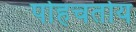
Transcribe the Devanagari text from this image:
पोहचतोय